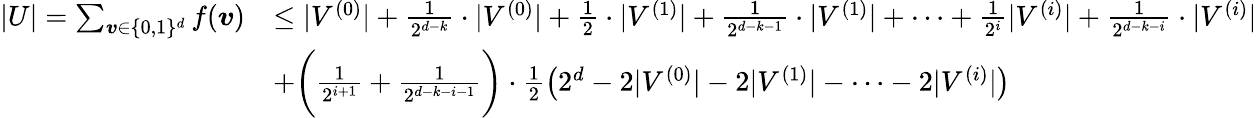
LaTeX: \begin{array}{rl}{|U|=\sum_{\boldsymbol{v}\in\{ 0,1\} ^{d}}f(\boldsymbol{v})}&{\le|V^{(0)}|+\frac{1}{2^{d-k}}\cdot|V^{(0)}|+\frac{1}{2}\cdot|V^{(1)}|+\frac{1}{2^{d-k-1}}\cdot|V^{(1)}|+\cdots+\frac{1}{2^{i}}|V^{(i)}|+\frac{1}{2^{d-k-i}}\cdot|V^{(i)}|}\\ &{+\bigg(\frac{1}{2^{i+1}}+\frac{1}{2^{d-k-i-1}}\bigg)\cdot\frac{1}{2}\big(2^{d}-2|V^{(0)}|-2|V^{(1)}|-\cdots-2|V^{(i)}|\big)}\end{array}